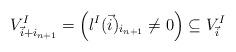
LaTeX: \begin{align*}V^I_{\vec{i}+i_{n+1}} = \left( l^I(\vec{i})_{i_{n+1}} \neq 0 \right) \subseteq V^I_{\vec{i}}\end{align*}